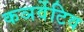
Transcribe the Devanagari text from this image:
कञर्वेटिव